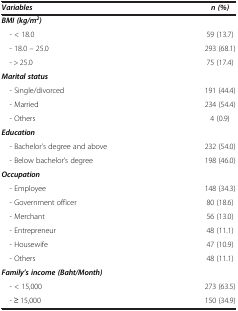
| Variables | n (%) |
 | --- | --- |
 | BMI (kg/m2) |  |
 | - < 18.0 | 59 (13.7) |
 | - 18.0 – 25.0 | 293 (68.1) |
 | - > 25.0 | 75 (17.4) |
 | Marital status |  |
 | - Single/divorced | 191 (44.4) |
 | - Married | 234 (54.4) |
 | - Others | 4 (0.9) |
 | Education |  |
 | - Bachelor’s degree and above | 232 (54.0) |
 | - Below bachelor’s degree | 198 (46.0) |
 | Occupation |  |
 | - Employee | 148 (34.3) |
 | - Government officer | 80 (18.6) |
 | - Merchant | 56 (13.0) |
 | - Entrepreneur | 48 (11.1) |
 | - Housewife | 47 (10.9) |
 | - Others | 48 (11.1) |
 | Family’s income (Baht/Month) |  |
 | - < 15,000 | 273 (63.5) |
 | - ≥ 15,000 | 150 (34.9) |